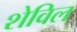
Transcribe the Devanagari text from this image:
शेविल